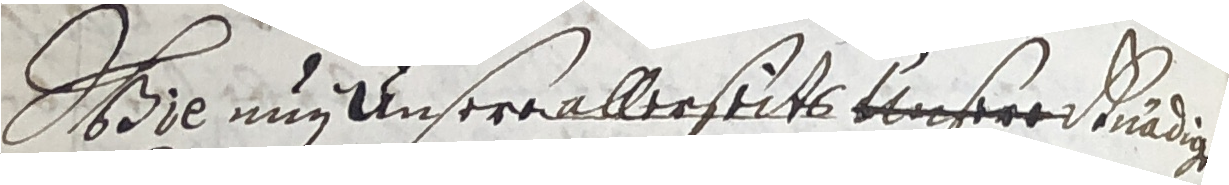
Dhre nu nse aller seits vonser kindin